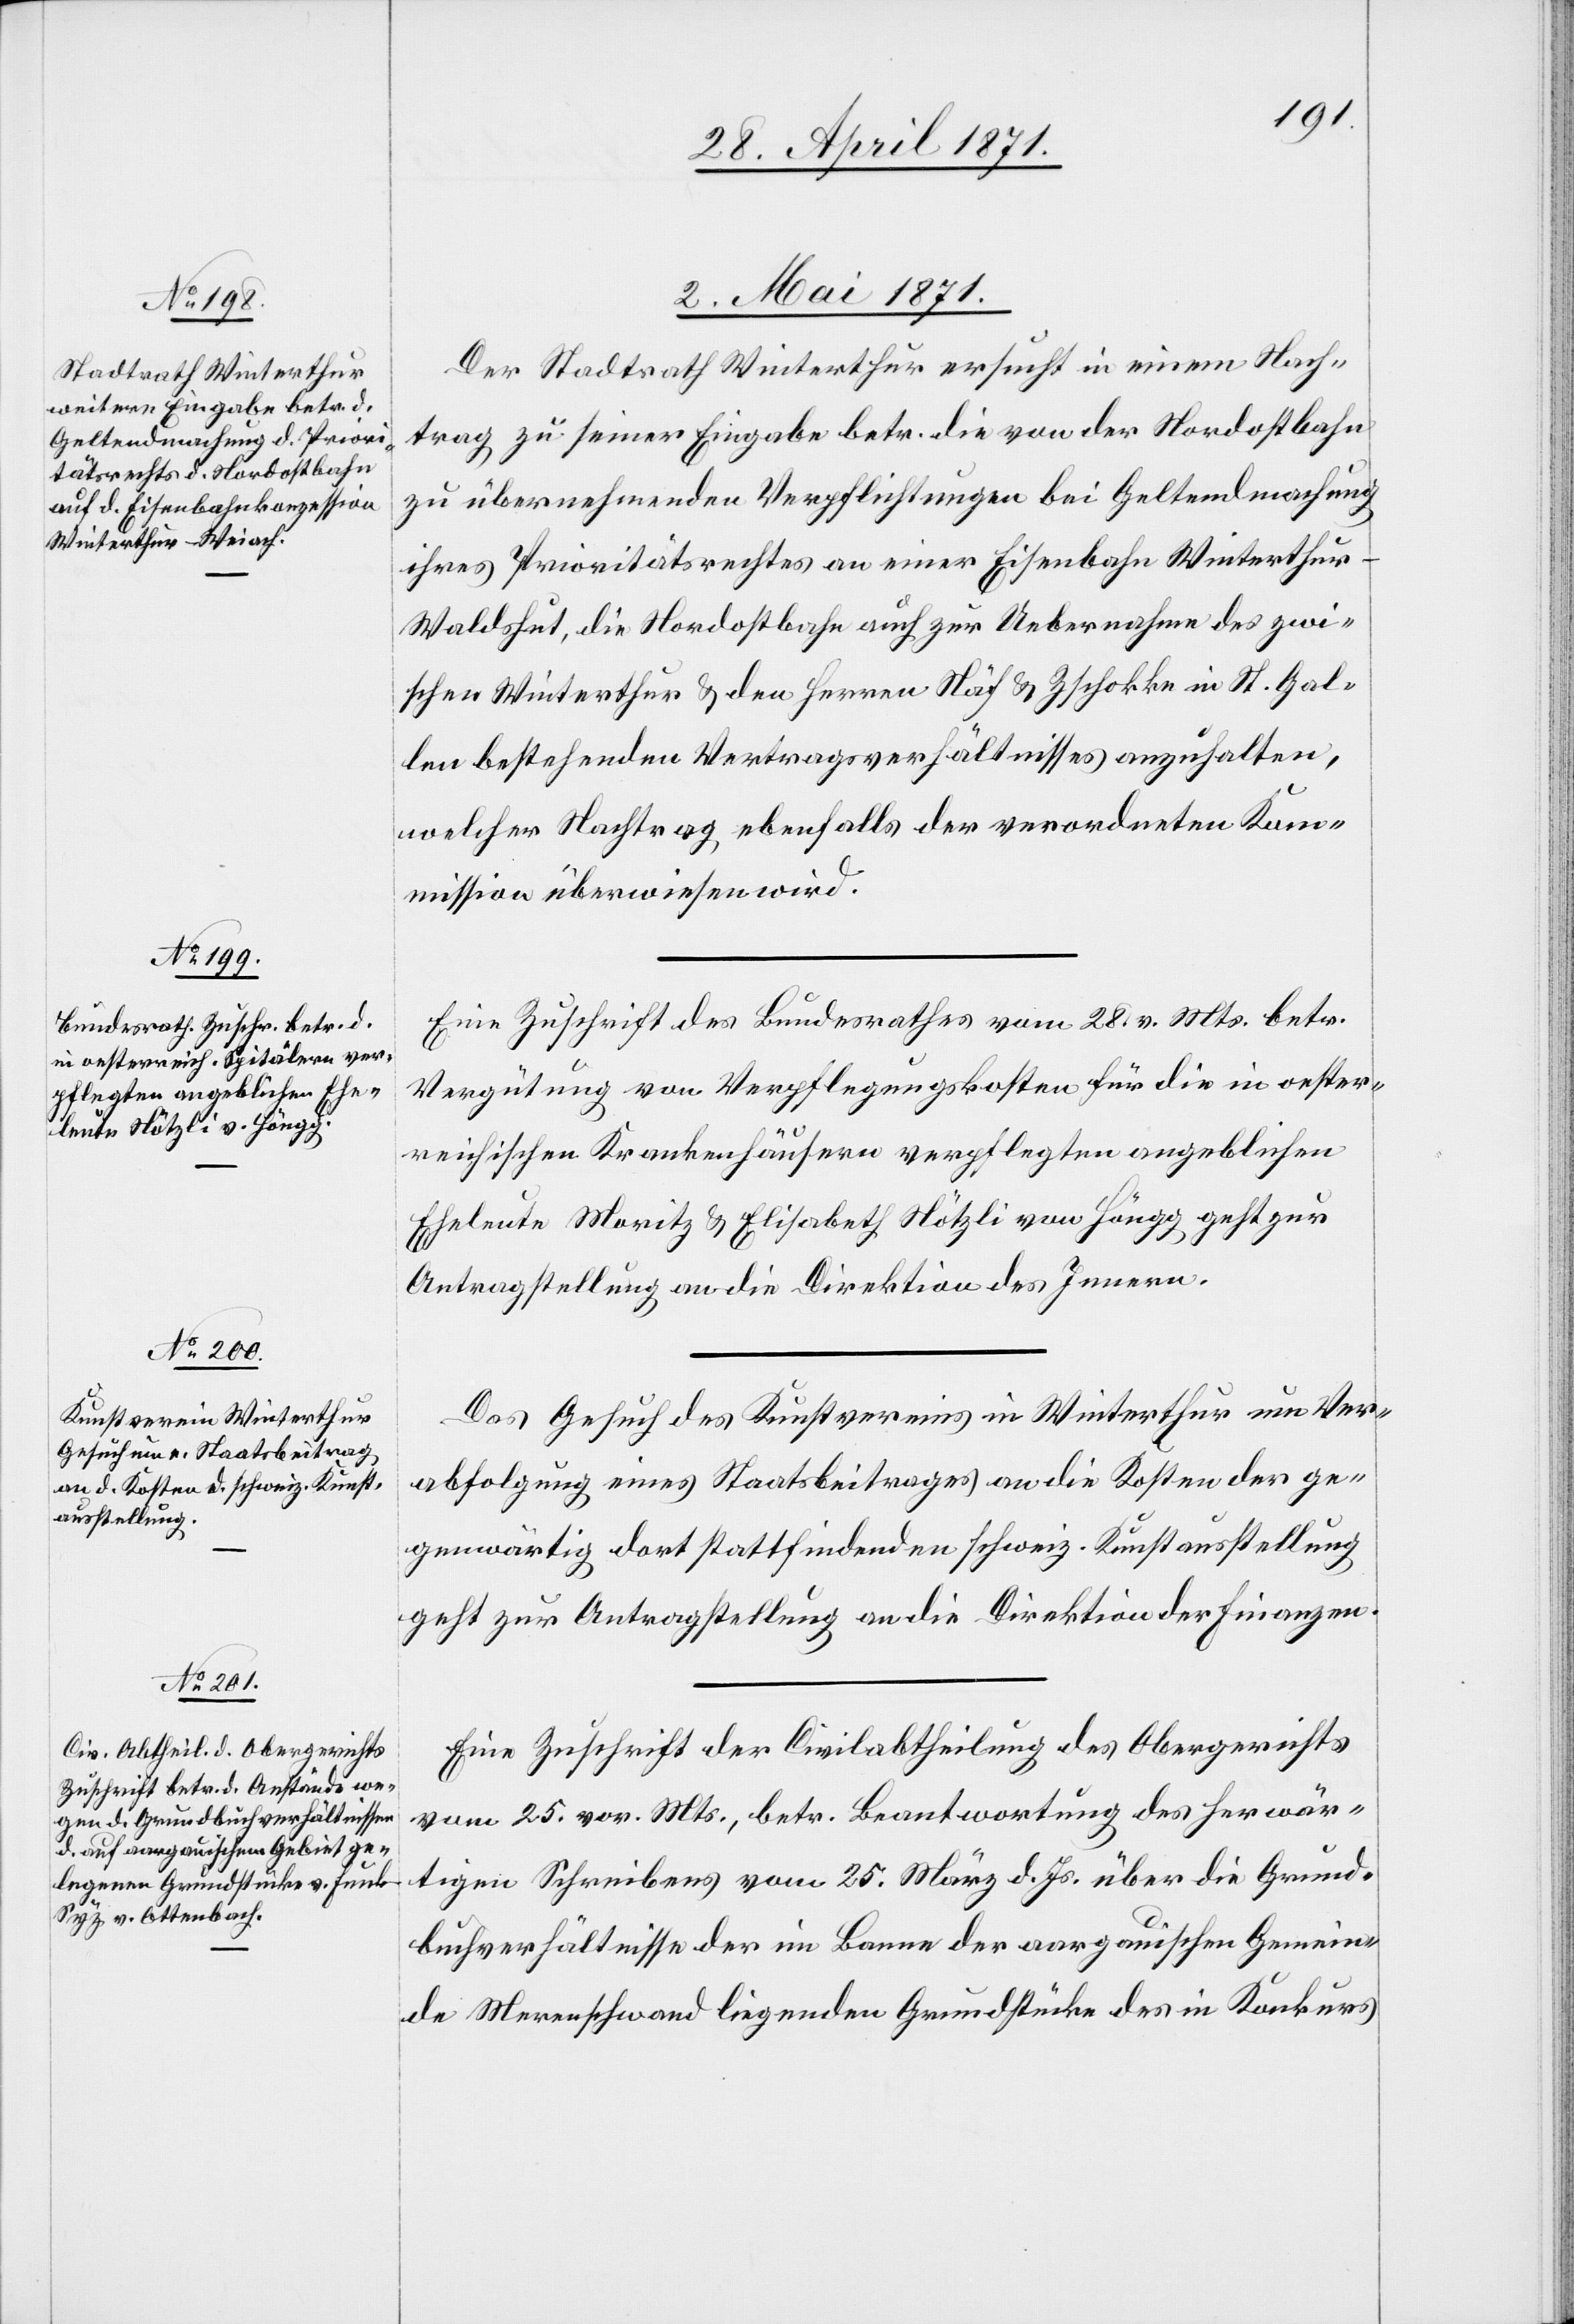
2. Mai 1871.]
Der Stadtrath Winterthur ersucht in einem Nach¬
trag zu seiner Eingabe betr. die von der Nordostbahn
zu übernehmenden Verpflichtungen bei Geltendmachung
ihres Prioritätsrechtes an einer Eisenbahn Winterthu¬
r-Waldshut, die Nordostbahn auch zur Uebernahme des zwi¬
schen Winterthur u. den Herren Näf u. Zschokke in St. Gal¬
len bestehenden Vertragsverhältnisses anzuhalten,
welcher Nachtrag ebenfalls der verordneten Kom¬
mission überwiesen wird.
Eine Zuschrift des Bundesrathes vom 28. v. Mts. betr.
Vergütung von Verpflegungskosten für die in oester¬
reichischen Krankenhäusern verpflegten angeblichen
Eheleute Moritz u. Elisabeth Nötzli von Höngg geht zur
Antragstellung an die Direktion des Innern.
Das Gesuch des Kunstvereines in Winterthur um Ver¬
abfolgung eines Staatsbeitrags an die Kosten der ge¬
genwärtig dort stattfindenden schweiz. Kunstausstellung
geht zur Antragstellung an die Direktion der Finanzen.
Eine Zuschrift der Civilabtheilung des Obergerichts
vom 25. vor. Mts., betr. Beantwortung des herwär¬
tigen Schreibens vom 25. März d. Js. über die Grund¬
buchverhältnisse der im Banne der aargauischen Gemein¬
de Merenschwand liegenden Grundstücke des in Konkurs